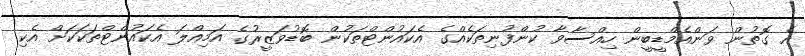
އެ ގޮތުން ވަންއެމްޑީބީން ހިއްސާވާ ކުންފުނިތަކެއްގެ އެކައުންޓްތަކުން ބޮޑުވަޒީރުގެ އަމިއްލަ އެކައުންޓްތަކަކަށް އެކި